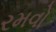
રમવો